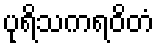
ပုရိသကရဝိတံ